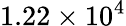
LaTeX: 1.22\times 10^{4}